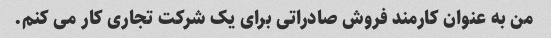
من به عنوان کارمند فروش صادراتی برای یک شرکت تجاری کار می کنم.